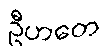
ဦဟတေ